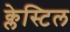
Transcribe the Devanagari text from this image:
क्लेस्टिल